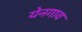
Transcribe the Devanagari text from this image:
येनगाव